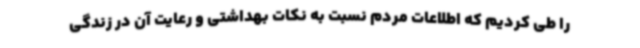
را طی کردیم که اطلاعات مردم نسبت به نکات بهداشتی و رعایت آن در زندگی